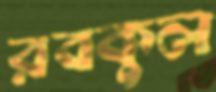
রবকুল